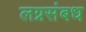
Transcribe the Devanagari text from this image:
लग्नसंबध